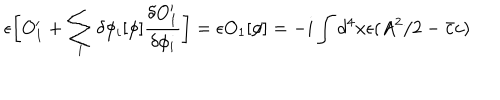
\epsilon \biggl [ O _ { 1 } ^ { \prime } + \sum _ { i } \delta \phi _ { i } [ \phi ] { \frac { \delta O _ { 1 } ^ { \prime } } { \delta \phi _ { i } } } \biggr ] = \epsilon O _ { 1 } [ \phi ] = - i \int d ^ { 4 } x \epsilon ( A ^ { 2 } / 2 - { \bar { c } } c )